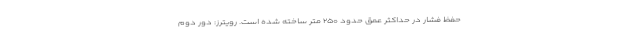
حفظ فشار در حداکثر عمق حدود ۲۵۰ متر ساخته شده است. رویترز: دور دوم